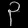
Digit: ၃